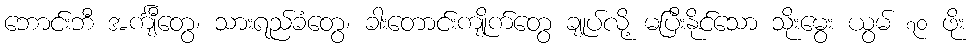
ဘောင်းဘီ အင်္ကျီတွေ၊ သားရည်ခံတွေ၊ ခါးတောင်းကျိုက်တွေ ချုပ်လို့ မပြီးနိုင်သော သိုးမွေး ယွမ် ၇၀ ဖိုး